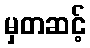
မှတဆင့်